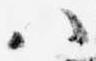
ハ